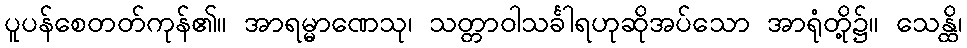
ပူပန်စေတတ်ကုန်၏။ အာရမ္မာဏေသု၊ သတ္တာဝါသင်္ခါရဟုဆိုအပ်သော အာရုံတို့၌။ သေန္ထိ၊